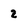
Character: 2